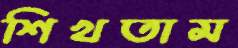
শিখতাম